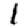
Digit: 1